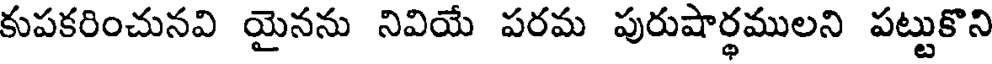
కుపకరించునవి యైనను నివియే పరమ పురుషార్ధములని పట్టుకొని